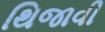
થિજાવી